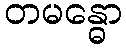
တမန္ဓော